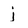
Character: j